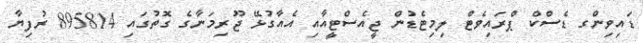
ޑައިވިންގ ޑެސްކް ޕްރައިވެޓް ލިމިޓެޑުން ޖީއެސްޓީއާއި އެއާގުޅޭ ޖޫރިމަނާގެ ގޮތުގައި 895814 ރުފިޔާ